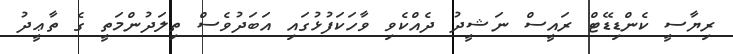
ރިޔާސީ ކެންޑިޑޭޓް ރައީސް ނަޝީދު ދެއްކެވި ވާހަކަފުޅުގައި އަބަދުވެސް ތިލަދުންމަތީ ގެ ތާޢީދު